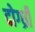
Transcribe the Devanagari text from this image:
दोग्ध्री